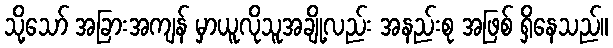
သို့သော် အခြားအကျန် မှာယူလိုသူအချို့လည်း အနည်းစု အဖြစ် ရှိနေသည်။